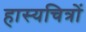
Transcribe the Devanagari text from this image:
हास्यचित्रों